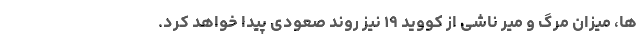
ها، میزان مرگ و میر ناشی از کووید ۱۹ نیز روند صعودی پیدا خواهد کرد.